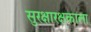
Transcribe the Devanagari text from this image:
सुरक्षारक्षकाला